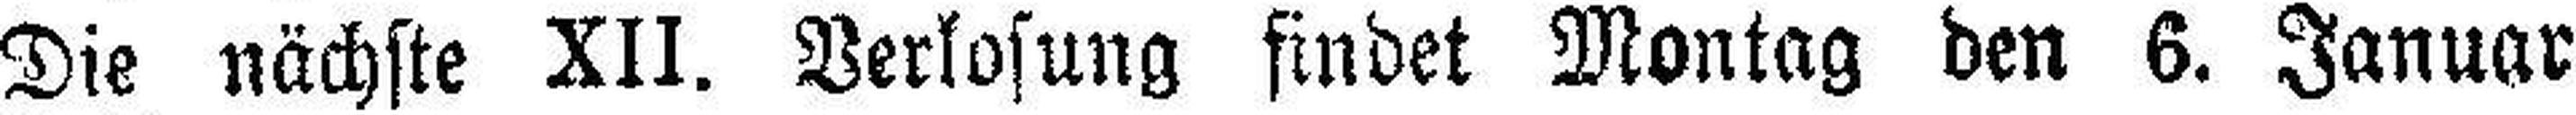
Die nächste XII. Verlosung findet Montag den 6. Januar